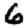
Digit: 6